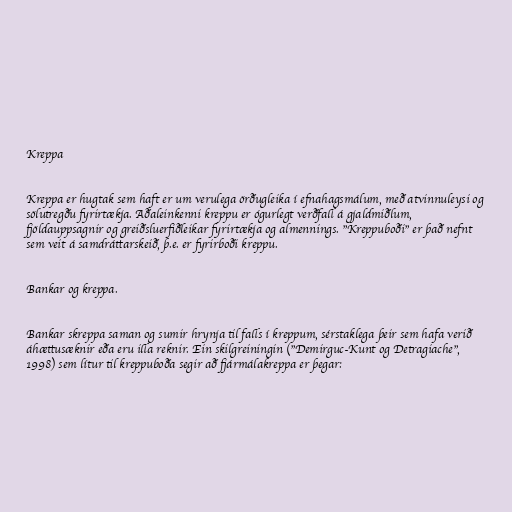
Kreppa

Kreppa er hugtak sem haft er um verulega örðugleika í efnahagsmálum, með atvinnuleysi og
sölutregðu fyrirtækja. Aðaleinkenni kreppu er ógurlegt verðfall á gjaldmiðlum,
fjöldauppsagnir og greiðsluerfiðleikar fyrirtækja og almennings. "Kreppuboði" er það nefnt
sem veit á samdráttarskeið, þ.e. er fyrirboði kreppu.

Bankar og kreppa.

Bankar skreppa saman og sumir hrynja til falls í kreppum, sérstaklega þeir sem hafa verið
áhættusæknir eða eru illa reknir. Ein skilgreiningin ("Demirguc-Kunt og Detragiache",
1998) sem lítur til kreppuboða segir að fjármálakreppa er þegar: